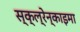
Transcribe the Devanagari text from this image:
स्क्ल्रेन्काइमा